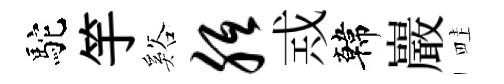
駝竽谿胝𢦶韓巖畦